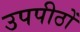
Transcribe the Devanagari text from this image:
उपपीठों